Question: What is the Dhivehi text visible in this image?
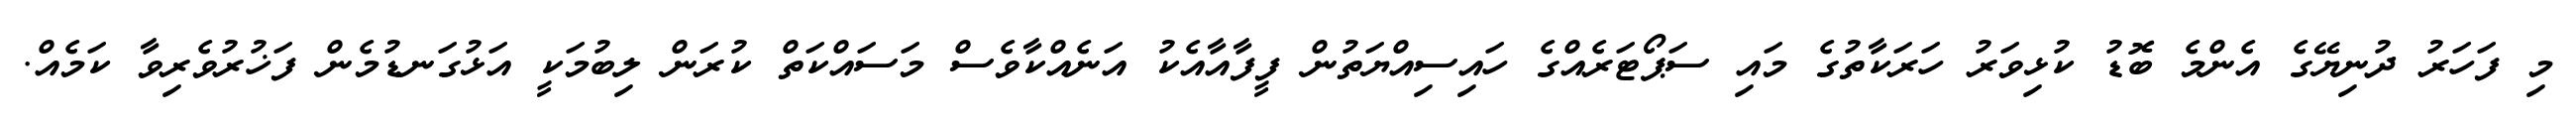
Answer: މި ފަހަރު ދުނިޔޭގެ އެންމެ ބޮޑު ކުޅިވަރު ހަރަކާތުގެ މައި ސަޕޯޓަރެއްގެ ހައިސިއްޔަތުން ފީފާއާއެކު އަނެއްކާވެސް މަސައްކަތް ކުރަން ލިބުމަކީ އަޅުގަނޑުމެން ފަޚުރުވެރިވާ ކަމެއް.